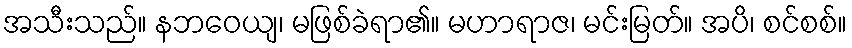
အသီးသည်။ နဘဝေယျ၊ မဖြစ်ခဲရာ၏။ မဟာရာဇ၊ မင်းမြတ်။ အပိ၊ စင်စစ်။